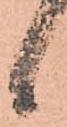
候